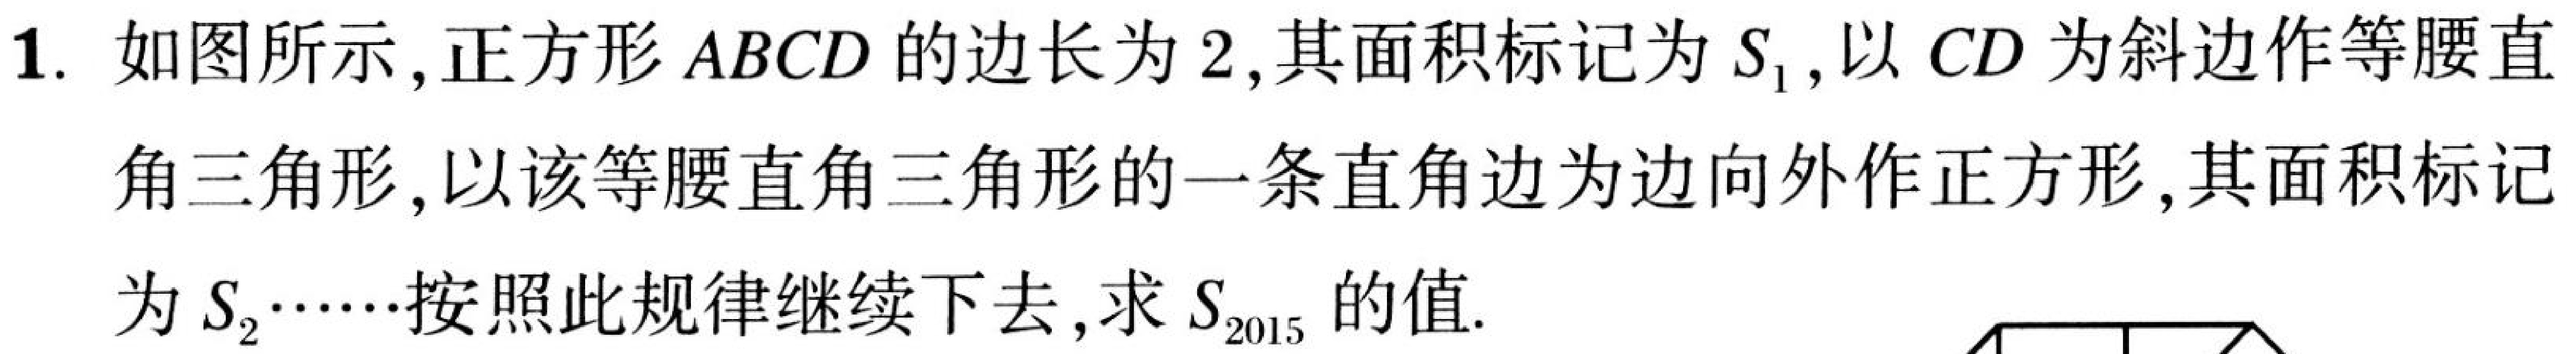
1. 如图所示，正方形\(ABCD\)的边长为\(2\)，其面积标记为\(S_{1}\)，以\(CD\)为斜边作等腰直角三角形，以该等腰直角三角形的一条直角边为边向外作正方形，其面积标记为\(S_{2}\cdots\cdots\)按照此规律继续下去，求\(S_{2015}\)的值.